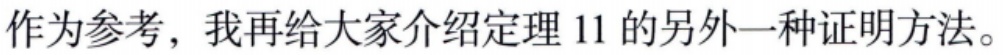
作为参考，我再给大家介绍定理 11 的另外一种证明方法。